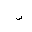
Letter: _zay